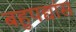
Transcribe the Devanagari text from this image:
बहुपद्यांस